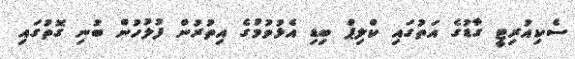
ސެކިއުރިޓީ ގާޑުގެ އަތުގައި ކްލިޕް ބިޑި އެޅުވުމުގެ އިތުރުން ފުލުހުން ބުނި ގޮތުގައި